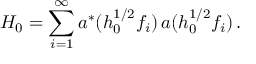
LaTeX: H _ { 0 } = \sum _ { i = 1 } ^ { \infty } a ^ { * } ( h _ { 0 } ^ { 1 / 2 } f _ { i } ) \, a ( h _ { 0 } ^ { 1 / 2 } f _ { i } ) \, .